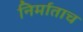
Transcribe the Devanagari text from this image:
निर्माताच